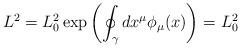
LaTeX: \begin{align*}L^2=L_0^2\exp\left(\oint_\gamma dx^\mu \phi_\mu(x)\right)=L^2_0\,\end{align*}